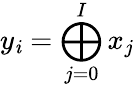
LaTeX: y_{\mathit{i}}=\bigoplus_{j=0}^{I}x_{j}